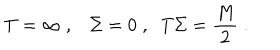
T = \infty \; , \Sigma = 0 \; , \; \; T \Sigma = \frac { M } { 2 } \; .